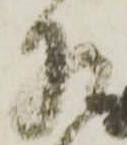
相